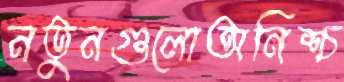
নতুনগুলোঅনিশ্চ